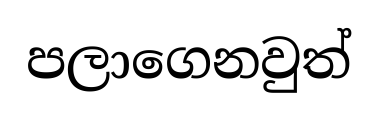
පලාගෙනවුත්